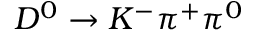
D ^ { 0 } \to K ^ { - } \pi ^ { + } \pi ^ { 0 }